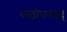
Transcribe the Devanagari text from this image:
कठोपनषद्